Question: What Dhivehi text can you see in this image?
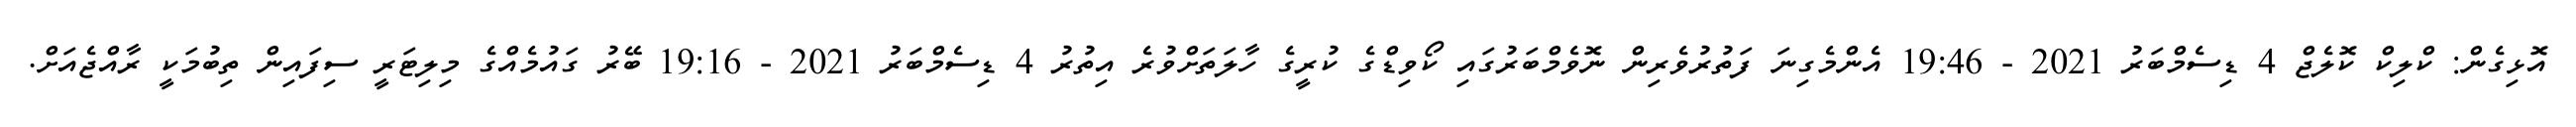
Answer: އޮޅިގެން: ކްލިކް ކޮލެޖް 4 ޑިސެމްބަރު 2021 - 19:46 އެންމެގިނަ ފަތުރުވެރިން ނޮވެމްބަރުގައި ކޯވިޑްގެ ކުރީގެ ހާލަތަށްވުރެ އިތުރު 4 ޑިސެމްބަރު 2021 - 19:16 ބޭރު ގައުމެއްގެ މިލިޓަރީ ސިފައިން ތިބުމަކީ ރާއްޖެއަށް.